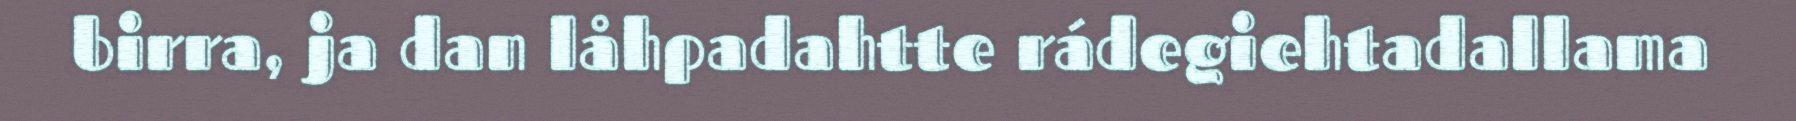
birra, ja dan låhpadahtte rádegiehtadallama